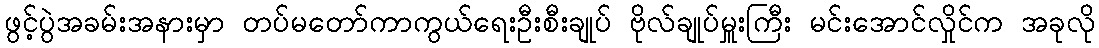
ဖွင့်ပွဲအခမ်းအနားမှာ တပ်မတော်ကာကွယ်ရေးဦးစီးချုပ် ဗိုလ်ချုပ်မှူးကြီး မင်းအောင်လှိုင်က အခုလို